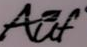
Auf